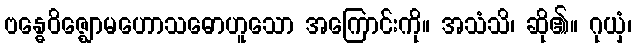
ဗန္ဓေဝိဇ္ဈောမဟောသဓောဟူသော အကြောင်းကို။ အသံသိ၊ ဆို၏။ ဂုယှံ၊